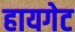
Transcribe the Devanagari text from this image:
हायगेट